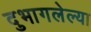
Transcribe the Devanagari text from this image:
दुभागलेल्या